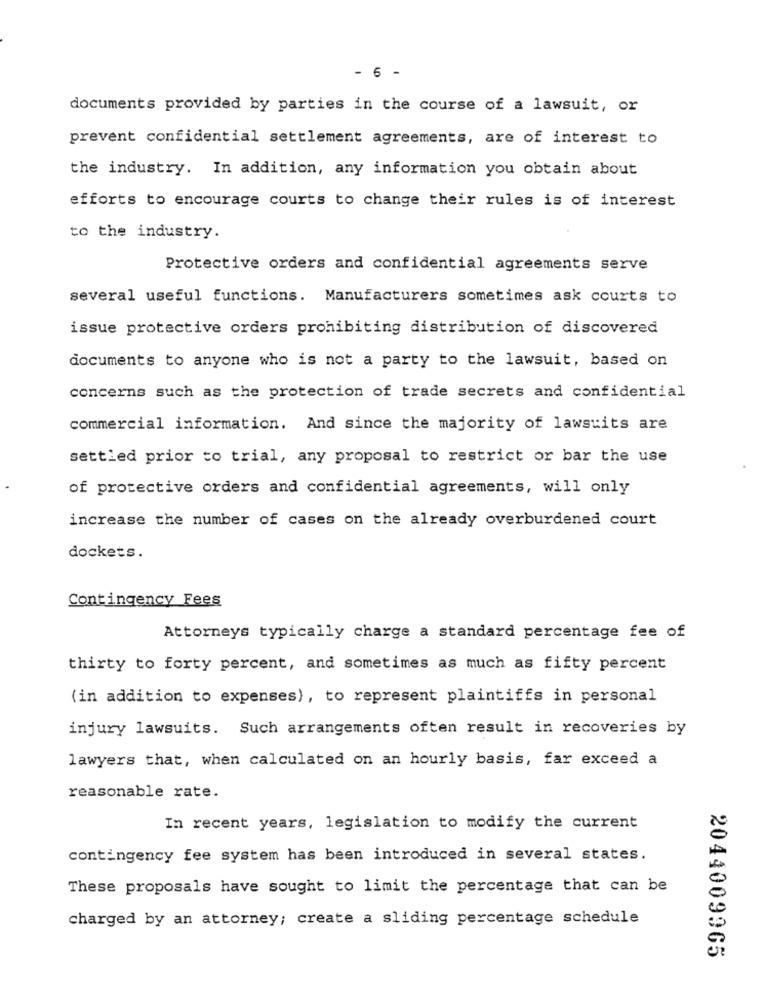
- 6 -
documents provided by parties in the course of a lawsuit, or
prevent confidential settlement agreements, are of interest to
the industry. In addition, any information you obtain about
efforts to encourage courts to change their rules is of interest
to the industry.
Protective orders and confidential agreements serve
several useful functions. Manufacturers sometimes ask courts to
issue protective orders prohibiting distribution of discovered
documents to anyone who is not a party to the lawsuit, based on
concerns such as the protection of trade secrets and confidential
commercial information. And since the majority of lawsuits are
settled prior to trial, any proposal to restrict or bar the use
of protective orders and confidential agreements, will only
increase the number of cases on the already overburdened court
dockets.
Contingency Fees
Attorneys typically charge a standard percentage fee of
thirty to forty percent, and sometimes as much as fifty percent
(in addition to expenses), to represent plaintiffs in personal
injury lawsuits. Such arrangements often result in recoveries by
lawyers that, when calculated on an hourly basis, far exceed a
reasonable rate.
In recent years, legislation to modify the current
contingency fee system has been introduced in several states.
These proposals have sought to limit the percentage that can be
charged by an attorney; create a sliding percentage schedule
2044009965